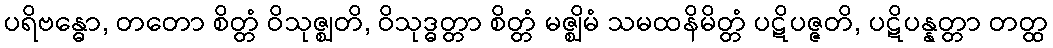
ပရိဗန္ဓော, တတော စိတ္တံ ဝိသုဇ္ဈတိ, ဝိသုဒ္ဓတ္တာ စိတ္တံ မဇ္ဈိမံ သမထနိမိတ္တံ ပဋိပဇ္ဇတိ, ပဋိပန္နတ္တာ တတ္ထ